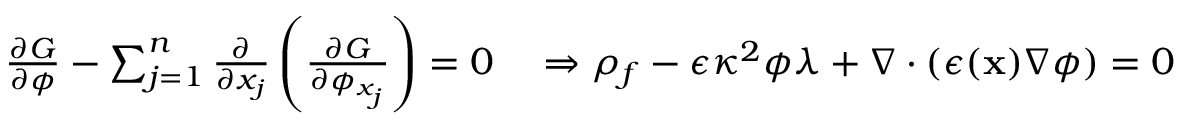
\begin{array} { r l } { \frac { \partial G } { \partial \phi } - \sum _ { j = 1 } ^ { n } \frac { \partial } { \partial x _ { j } } \left( \frac { \partial G } { \partial \phi _ { x _ { j } } } \right) = 0 } & { { } \Rightarrow \rho _ { f } - \epsilon \kappa ^ { 2 } \phi \lambda + \nabla \cdot ( \epsilon ( \mathbf { x } ) \nabla \phi ) = 0 } \end{array}